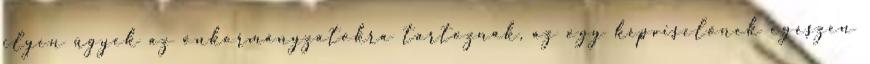
ilyen ügyek az önkormányzatokra tartoznak, az ogy képviselőnek egészen